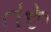
તરૂ